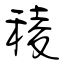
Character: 稜